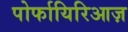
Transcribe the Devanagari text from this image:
पोर्फायिरिआज़